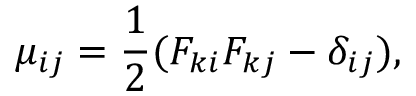
\mu _ { i j } = \frac { 1 } { 2 } ( F _ { k i } F _ { k j } - \delta _ { i j } ) ,